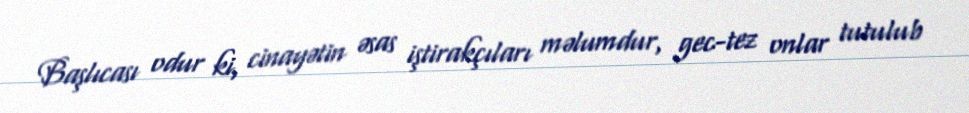
Başlıcası odur ki, cinayətin əsas iştirakçıları məlumdur, gec-tez onlar tutulub